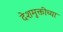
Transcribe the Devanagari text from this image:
देशमुक्तीच्या